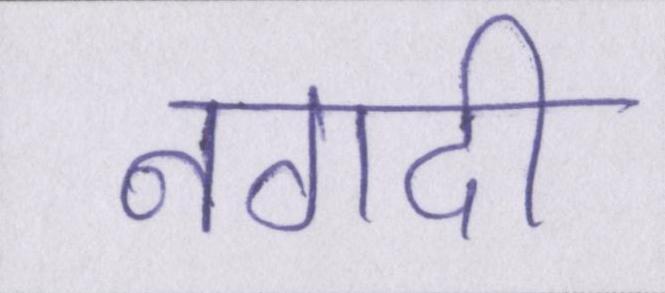
नगदी